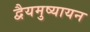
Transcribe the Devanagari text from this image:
द्वैयमुष्यायन